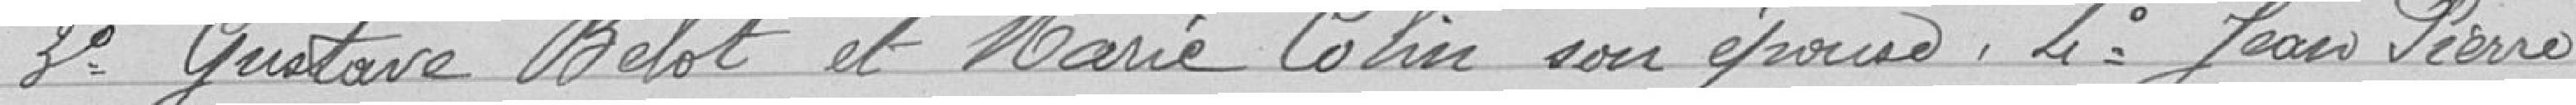
3° Gustave Belot et Marie Colin son épouse. 4° Jean-Pierre